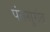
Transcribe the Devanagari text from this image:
पंतसुमंत